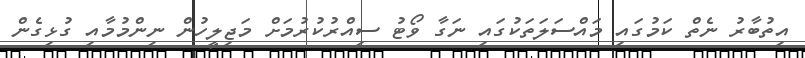
އިތުބާރު ނެތް ކަމުގައި މައްސަލަތަކުގައި ނަގާ ވޯޓު ސިއްރުކުރުމަށް މަޖިލީހުން ނިންމުމާއި ގުޅިގެން